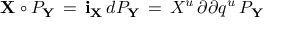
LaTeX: { \bf X } \circ { \cal P } _ { \bf Y } \, = \, { \bf i } _ { \bf X } \, d { \cal P } _ { \bf Y } \, = \, X ^ { u } \, { \o { \partial } { \partial q ^ { u } } } \, { \cal P } _ { \bf Y } \,